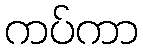
ကပ်ကာ